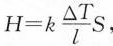
$$H = k \frac { △ T } { l } S$$ ,